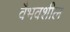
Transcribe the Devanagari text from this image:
वैभवशील